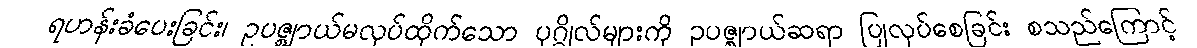
ရဟန်းခံပေးခြင်း၊ ဥပဇ္ဈာယ်မလုပ်ထိုက်သော ပုဂ္ဂိုလ်များကို ဥပဇ္ဈာယ်ဆရာ ပြုလုပ်စေခြင်း စသည်ကြောင့်